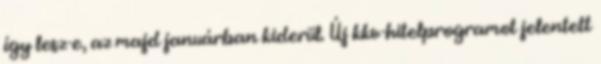
így lesz-e, az majd januárban kiderül. Új kkv-hitelprogramot jelentett